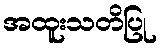
အထူးသတိပြု